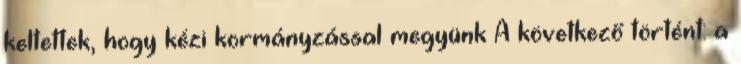
keltettek, hogy kézi kormányzással megyünk A következő történt: a